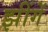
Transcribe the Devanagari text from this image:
झींगें